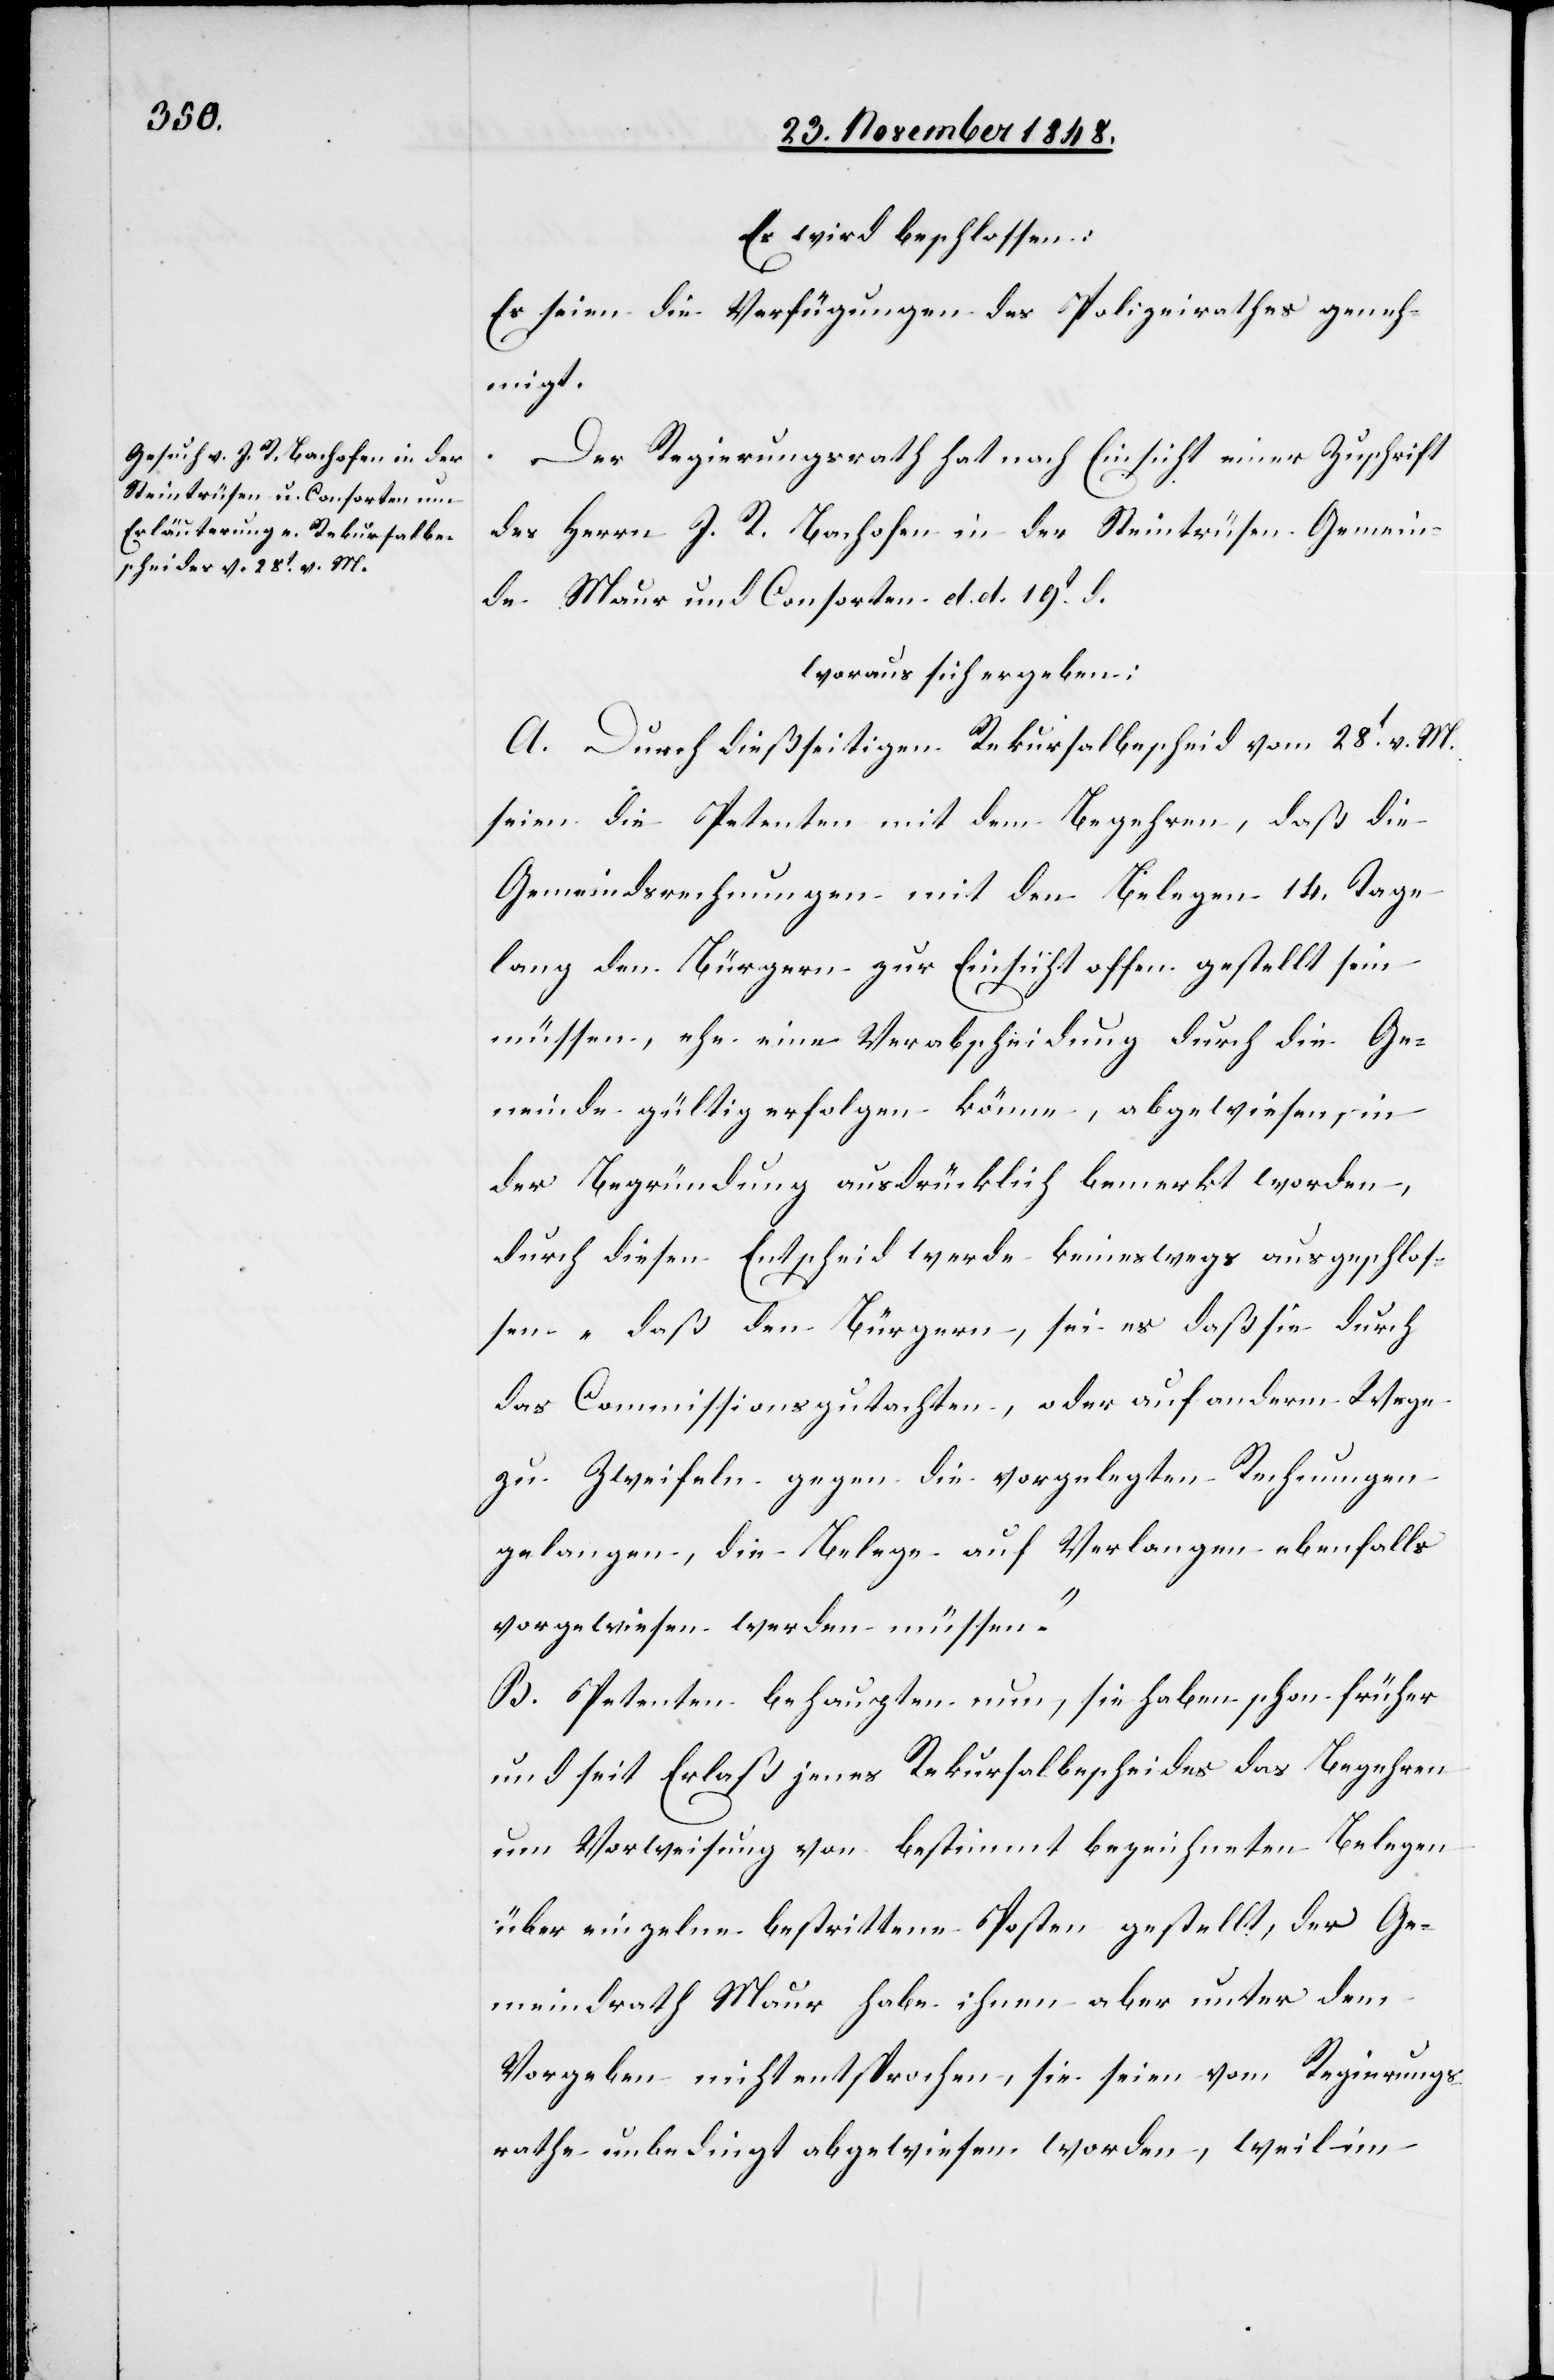
Es wird beschlossen:
Es seien die Verfügungen des Polizeirathes geneh¬
migt.
Der Regierungsrath hat nach Einsicht einer Zuschrift
des Herrn J. R. Bachofen in der Steintrüsen Gemein¬
de Maur und Consorten d. d. 19t d.
woraus sich ergeben:
A. Durch dießseitigen Rekursalbescheid vom 28t v. M.
seien die Petenten mit dem Begehren, das die
Gemeindsrechnungen mit den Belegen 14. Tage
lang den Bürgern zur Einsicht offen gestellt sein
müssen, ehe eine Verabscheidung durch die Ge¬
meinde gültig erfolgen könne, abgewiesen, in
der Begründung ausdrücklich bemerkt worden,
durch diesen Entscheid werde keineswegs ausgeschlos¬
ssen „daß den Bürgern, sei es daß sie durch
das Commissionsgutachten, oder auf anderm Wege
zu Zweifeln gegen die vorgelegten Rechnungen
gelangen, die Belege auf Verlangen ebenfalls
vorgewiesen werden müssen.“
B. Petenten behaupten nun, sie haben schon früher
und seit Erlaß jenes Rekursalbescheides das Begehren
um Vorweisung von bestimmt bezeichneten Belegen
über einzelne bestrittene Posten gestellt, der Ge¬
meindrath Maur habe ihnen aber unter dem
Vorgeben nicht entsprochen, sie seien vom Regierungs¬
rathe unbedingt abgewiesen worden, weil im